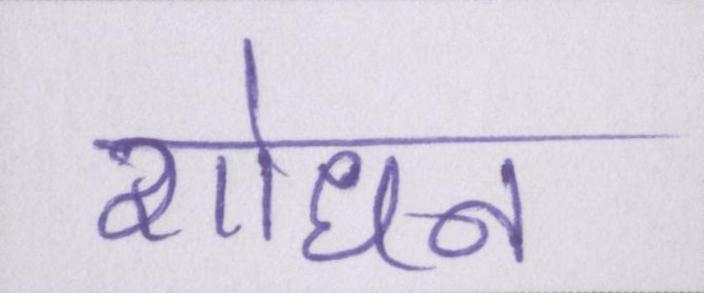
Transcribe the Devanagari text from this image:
शोधन